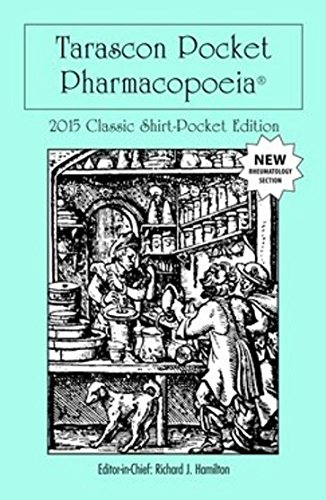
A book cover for Tarascon Pocket Pharmacopoeia 2015 Classic Shirt Pocket Edition; MD, FAAEM, FACMT, FACEP, Editor in Chief, Richard J. Hamilton; Medical Books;